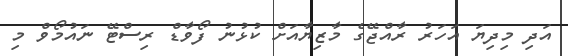
އަދި މިދިޔަ އަހަރު ރާއްޖޭގެ މާޒިޔާއަށް ކުޅުނު ފޯވާޑް ރިސްޓޭ ނައުމޯވް މި